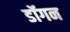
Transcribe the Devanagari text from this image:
डॉगन